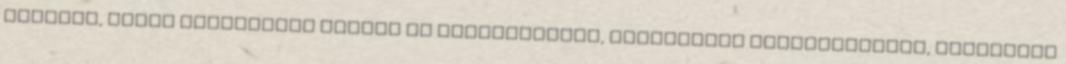
készült, falra akasztható munkái is plasztikusak, lényegében domborítással, hímzéssel